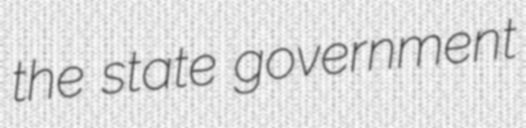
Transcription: the state government